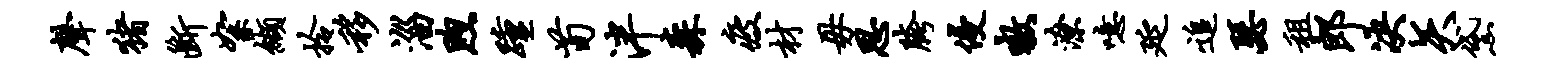
声猪断絮缬拎移淄煦踵荀泮森疲材毋思胯侵嗷潦噫延追瑟租郎决矢黛